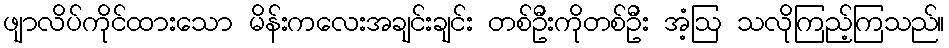
ဖျာလိပ်ကိုင်ထားသော မိန်းကလေးအချင်းချင်း တစ်ဦးကိုတစ်ဦး အံ့ဩ သလိုကြည့်ကြသည်။